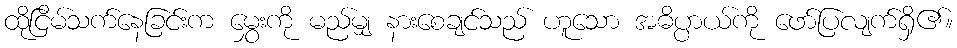
ထိုငြိမ်သက်နေခြင်းက မွှေးကို မည်မျှ နားစေချင်သည် ဟူသော အဓိပ္ပာယ်ကို ဖော်ပြလျက်ရှိ၏။